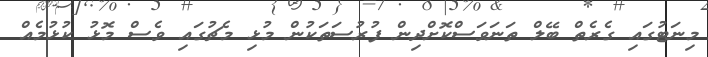
މިނަޓުގައި ގެރެތް ބޭލް ތަނަވަސްކޮށްދިން ފުރުސަތަކުން މުޅި މެޗުގައި ވެސް މޮޅު ކުޅުމެއް